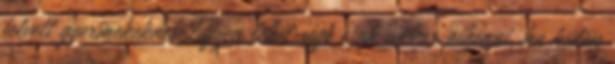
felvett gyermekeknek legyen lehetısége csak akkor pihenni, ha külön